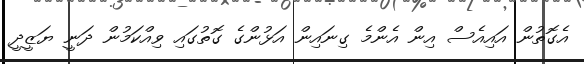
އެގޮތުން އައިއެސް އިން އެންމެ ގިނައިން އަޅުންގެ ގޮތުގައި ވިއްކަމުން ދަނީ ޔަޒީދީ